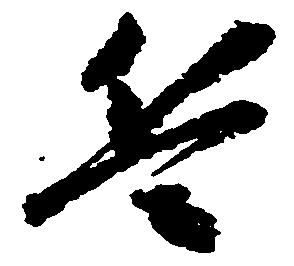
兵